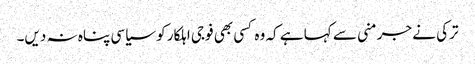
ترکی نے جرمنی سے کہا ہے کہ وہ کسی بھی فوجی اہلکار کو سیاسی پناہ نہ دیں۔